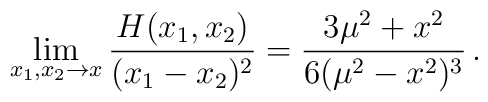
\lim_{x_1,x_2\to x}\frac{H(x_1,x_2)}{(x_1-x_2)^2} = \frac{3\mu^2+x^2}{6(\mu^2-x^2)^3} \,.